Indian journal of veterinary science and animal husbandry - Volume 2,
Year: 1932
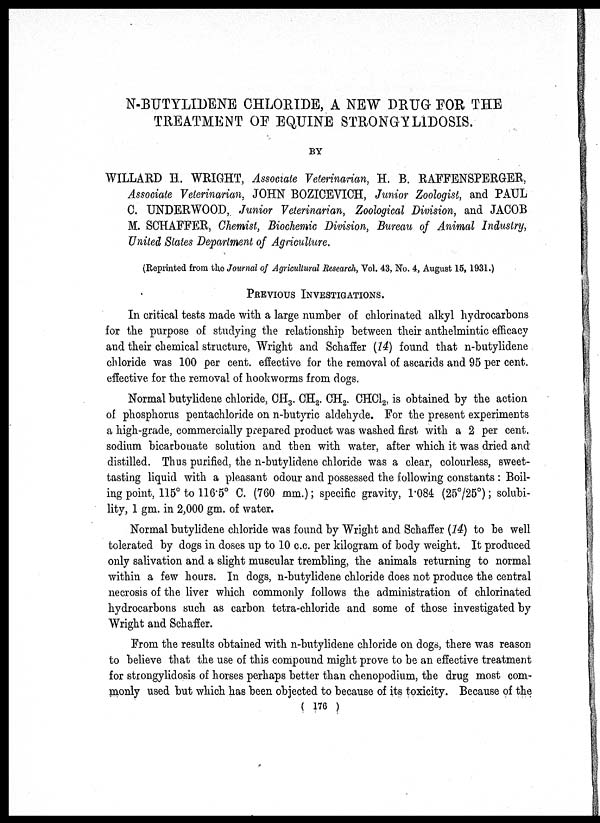
N-BUTYLIDENE CHLORIDE, A NEW DRUG FOR THE
TREATMENT OF EQUINE STRONGYLIDOSIS.
BY
WILLARD H. WRIGHT, Associate Veterinarian, H. B. RAFFENSPERGER,
Associate Veterinarian, JOHN BOZICEVICH, Junior Zoologist, and PAUL
C. UNDERWOOD,. Junior Veterinarian, Zoological Division, and JACOB
M. SCHAFFER, Chemist, Biochemic Division, Bureau of Animal Industry,
United States Department of Agriculture.
(Reprinted from the Journal of Agricultural Research, Vol. 43, No. 4, August 15, 1931.)
PREVIOUS INVESTIGATIONS.
In critical tests made with a large number of chlorinated alkyl hydrocarbons
for the purpose of studying the relationship between their anthelmintic efficacy
and their chemical structure, Wright and Schaffer (14) found that n-butylidene
chloride was 100 per cent. effective for the removal of ascarids and 95 per cent.
effective for the removal of hookworms from dogs.
Normal butylidene chloride, CH 3 . CH 2 . CH 2 . CHCl 2 , is obtained by the action
of phosphorus pentachloride on n-butyric aldehyde. For the present experiments
a high-grade, commercially prepared product was washed first with a 2 per cent.
sodium bicarbonate solution and then with water, after which it was dried and
distilled. Thus purified, the n-butylidene chloride was a clear, colourless, sweet-
tasting liquid with a pleasant odour and possessed the following constants : Boil-
ing point, 115° to 116.5° C. (760 mm.); specific gravity, 1.084 (25°/25°); solubi-
lity, 1 gm. in 2,000 gm. of water.
Normal butylidene chloride was found by Wright and Schaffer (14) to be well
tolerated by dogs in doses up to 10 c.c. per kilogram of body weight. It produced
only salivation and a slight muscular trembling, the animals returning to normal
within a few hours. In dogs, n-butylidene chloride does not produce the central
necrosis of the liver which commonly follows the administration of chlorinated
hydrocarbons such as carbon tetra-chloride and some of those investigated by
Wright and Schaffer.
From the results obtained with n-butylidene chloride on dogs, there was reason
to believe that the use of this compound might prove to be an effective treatment
for strongylidosis of horses perhaps better than chenopodium, the drug most com-
monly used but which has been objected to because of its toxicity. Because of the
( 176 )